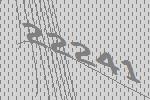
22241